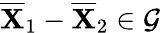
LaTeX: \overline{{\mathbf{X}}}_{1}-\overline{{\mathbf{X}}}_{2}\in\mathcal{G}